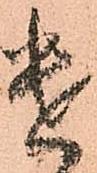
遣